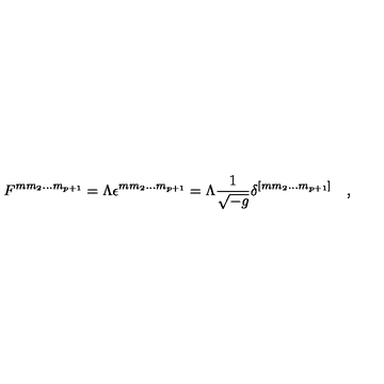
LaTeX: F ^ { m m _ { 2 } \dots m _ { p + 1 } } = \Lambda \epsilon ^ { m m _ { 2 } \dots m _ { p + 1 } } = \Lambda { \frac { 1 } { \sqrt { - g } } } \delta ^ { [ m m _ { 2 } \dots m _ { p + 1 } ] } \quad ,